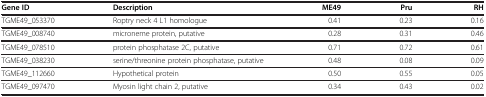
| Gene ID | Description | ME49 | Pru | RH |
 | --- | --- | --- | --- | --- |
 | TGME49_053370 | Roptry neck 4 L1 homologue | 0.41 | 0.23 | 0.16 |
 | TGME49_008740 | microneme protein, putative | 0.28 | 0.31 | 0.46 |
 | TGME49_078510 | protein phosphatase 2C, putative | 0.71 | 0.72 | 0.61 |
 | TGME49_038230 | serine/threonine protein phosphatase, putative | 0.48 | 0.08 | 0.09 |
 | TGME49_112660 | Hypothetical protein | 0.50 | 0.55 | 0.05 |
 | TGME49_097470 | Myosin light chain 2, putative | 0.34 | 0.43 | 0.02 |